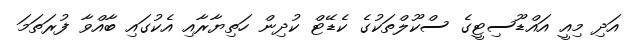
އަދި މިއީ އަައްޑޫސިޓީގެ ސްކޫލްތަކުގެ ކެޑޭޓް ކުދިން ހަތިޔާރާއި އެކުގައި ބާއްވާ ފުރަތަމަ